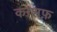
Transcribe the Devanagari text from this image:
काशफ़